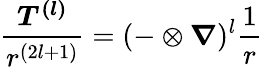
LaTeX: {\frac{\boldsymbol{T^{(l)}}}{r^{(2l+1)}}}=(-\otimes{\boldsymbol{\nabla}})^{l}{\frac{1}{r}}